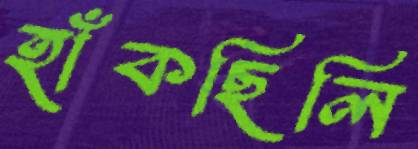
হাঁকছিলি